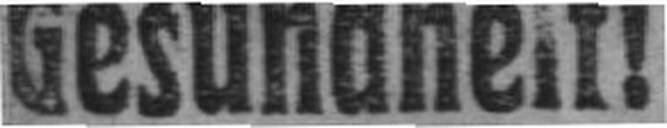
Gesundheit!